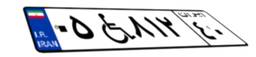
۳۳W۷۴۰۰۱